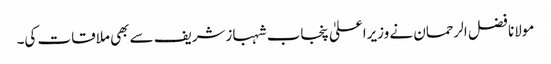
مولانا فضل الرحمان نے وزیراعلیٰ پنجاب شہبازشریف سے بھی ملاقات کی۔